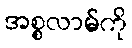
အစ္စလာမ်ကို